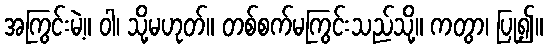
အကြွင်းမဲ့။ ဝါ၊ သို့မဟုတ်။ တစ်စက်မကြွင်းသည်သို့။ ကတွာ၊ ပြု၍။